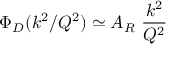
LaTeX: \Phi _ { D } ( k ^ { 2 } / Q ^ { 2 } ) \simeq A _ { R } \ { \frac { k ^ { 2 } } { Q ^ { 2 } } }